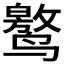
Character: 𱊯